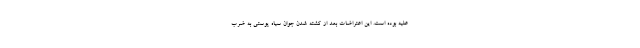
علیه بوده است. این اعتراضات بعد از کشته شدن جوان سیاه پوستی به ضرب